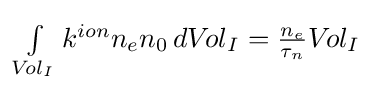
\textstyle \int \limits _{{V\!ol}_{I}}{k^{ion}}{n_{e}}{n_{0}}\,d{{V\!ol}_{I}}={\frac {n_{e}}{\tau _{n}}}{V\!ol_{I}}